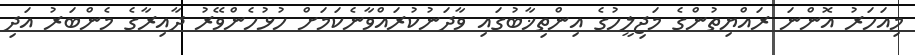
މިއަހަރު އޮންނަ ރައްޔިތުންގެ މަޖިލީހުގެ އިންތިޚާބުގައި ވާދަނުކުރައްވާނެކަމަށް ހުޅުހެންވޭރު ދާއިރާގެ މެންބަރު އަދި